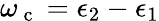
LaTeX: \omega_{\mathrm{~c~}}=\epsilon_{2}-\epsilon_{1}